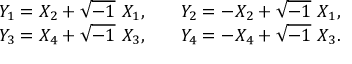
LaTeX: \begin{array} { l l } { { Y _ { 1 } = X _ { 2 } + \sqrt { - 1 } \ X _ { 1 } , \quad } } & { { Y _ { 2 } = - X _ { 2 } + \sqrt { - 1 } \ X _ { 1 } , } } \\ { { Y _ { 3 } = X _ { 4 } + \sqrt { - 1 } \ X _ { 3 } , \quad } } & { { Y _ { 4 } = - X _ { 4 } + \sqrt { - 1 } \ X _ { 3 } . } } \end{array}